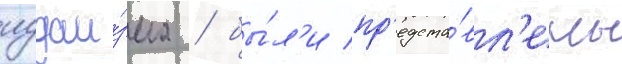
иудаи́зма / бы́л'и пр'едста́вл'ены